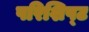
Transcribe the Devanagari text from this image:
परिशिष्‍ट